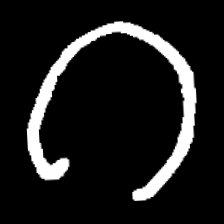
Pyu character \u2014 Myanmar letter: ဂ (romanized: ga)